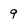
Character: 9